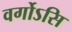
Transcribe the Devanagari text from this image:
वर्गोऽसि